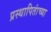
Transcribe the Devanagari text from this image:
प्रस्थापितांच्या